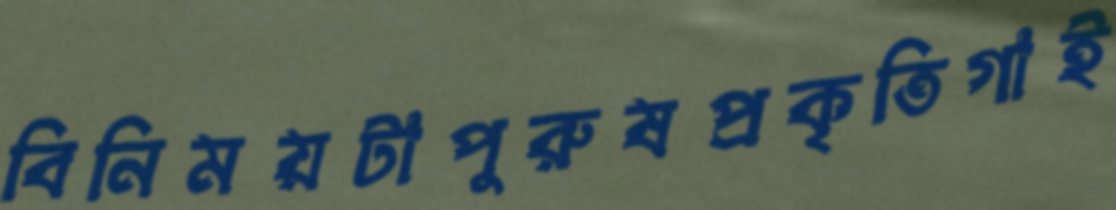
বিনিময়টাপুরুষপ্রকৃতিগাই